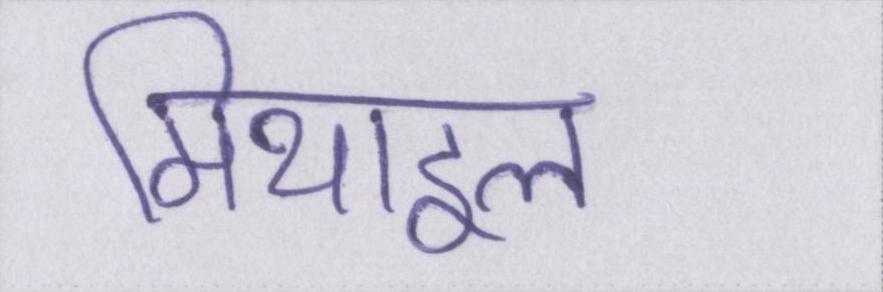
मिथाइल